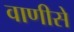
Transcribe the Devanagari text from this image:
वाणीसे